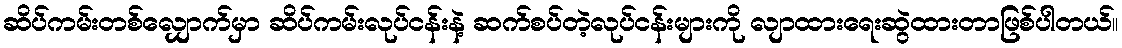
ဆိပ်ကမ်းတစ်လျှောက်မှာ ဆိပ်ကမ်းလုပ်ငန်းနဲ့ ဆက်စပ်တဲ့လုပ်ငန်းများကို လျာထားရေးဆွဲထားတာဖြစ်ပါတယ်။